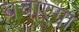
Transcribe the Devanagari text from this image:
बचाएगा